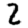
Digit: 2